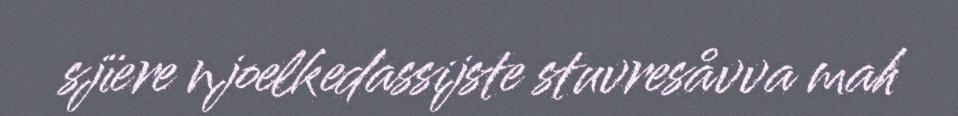
sjïere njoelkedassijste stuvresåvva mah